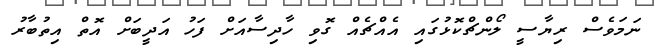
ނަމަވެސް ރިޔާސީ ލޯންޗްކޮޅުގައި އެއްޗެއް ގޮވި ހާދިސާއަށް ފަހު އަދީބަށް އޮތް އިތުބާރު